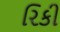
રિકી